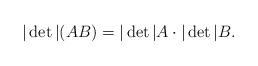
LaTeX: \begin{align*}|\det|(AB)=|\det|A\cdot|\det|B.\end{align*}